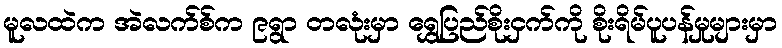
မူလထဲက အဲလက်စ်က ၉ရွာ တလုံးမှာ ရွှေပြည်စိုးငှက်ကို စိုးရိမ်ပူပန်မှုများမှာ